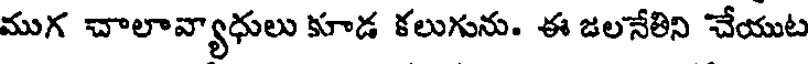
ముగ చాలావ్యాధులు కూడ కలుగును. ఈ జలనేతిని చేయుట